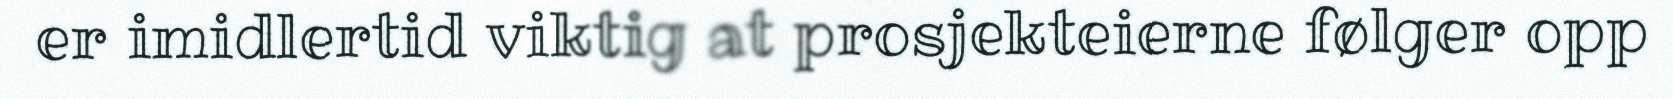
er imidlertid viktig at prosjekteierne følger opp